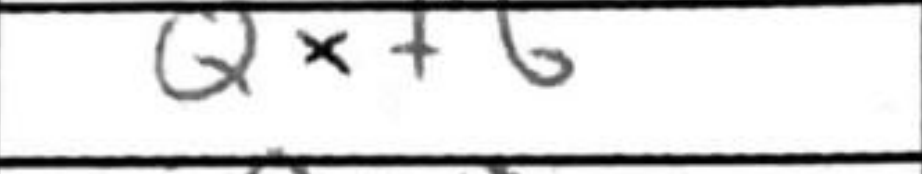
Transcription: Qxf6